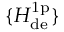
\{ H _ { \mathrm { d e } } ^ { \mathrm { 1 p } } \}